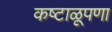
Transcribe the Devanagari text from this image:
कष्टाळूपणा